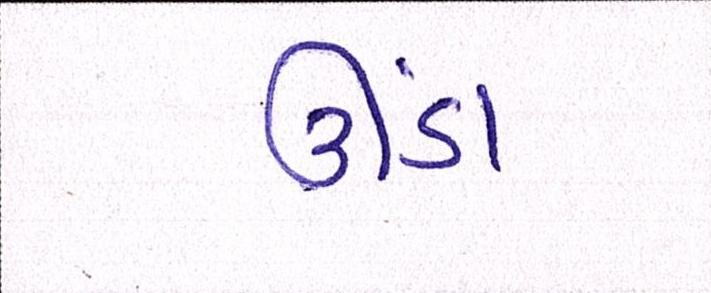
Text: ઊંડા